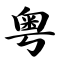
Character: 粤